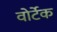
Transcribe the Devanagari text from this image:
वोर्टेक